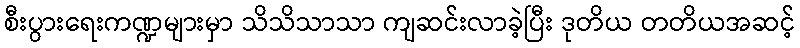
စီးပွားရေးကဏ္ဍများမှာ သိသိသာသာ ကျဆင်းလာခဲ့ပြီး ဒုတိယ တတိယအဆင့်